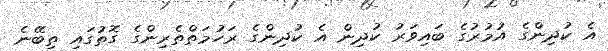
އެ ކުދިންގެ އުމުރުގެ ބައިވަރު ކުދިން އެ ކުދިންގެ ރަހުމަތްތެރިންގެ ގޮތުގައި ތިބޭނެ